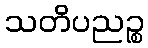
သတိပညဉ္စ